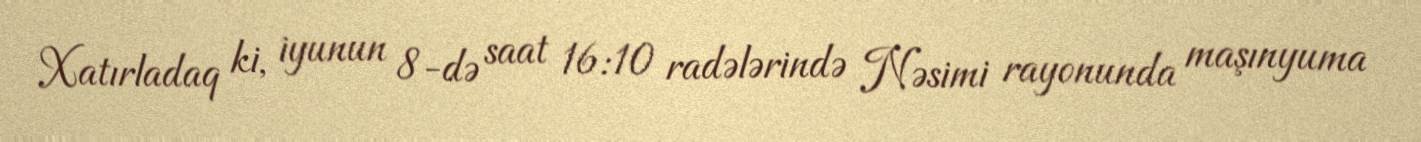
Xatırladaq ki, iyunun 8-də saat 16:10 radələrində Nəsimi rayonunda maşınyuma